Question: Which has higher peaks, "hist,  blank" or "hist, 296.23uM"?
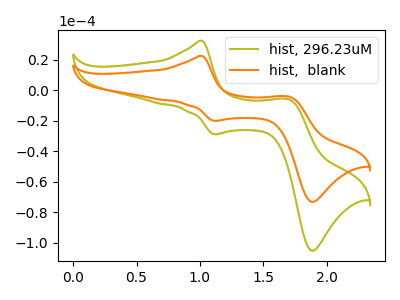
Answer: <think>The olive curve "hist, 296.23uM" has anodic peaks at (1.00V, 32.40uA) (1.70V, -6.00uA) and cathodic peaks at (1.10V, -28.85uA) (1.90V, -105.15uA). The orange curve "hist,  blank" has anodic peaks at (1.00V, 22.55uA) (1.70V, -4.20uA) and cathodic peaks at (1.10V, -20.05uA) (1.90V, -73.15uA).</think>
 <answer>The peaks in "hist,  blank" are neither all higher or all lower than the peaks in "hist, 296.23uM".</answer>
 <eval>mixed</eval>